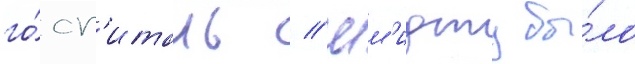
го́сп'италь // Шм'идту бы́ло